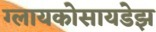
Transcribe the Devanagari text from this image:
ग्लायकोसायडेझ